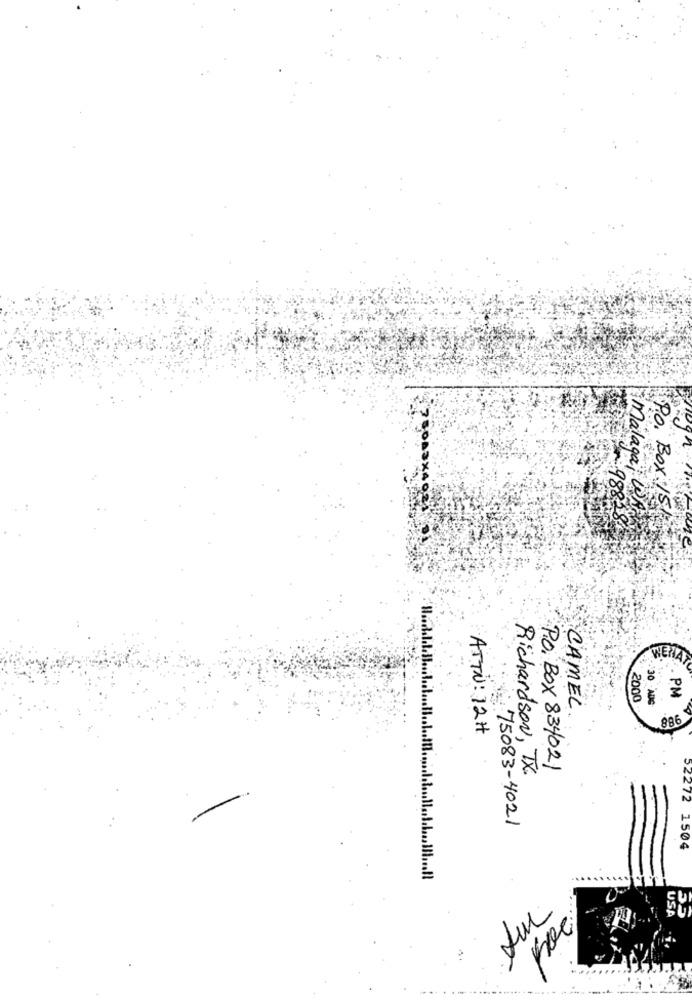
9882
Malaga, LA
Po. Box 15
WENA
. PM
2000
30 -ADG
CAMEL.
886
ATTN: 12H
Richardson, TX.
P.O. BOX 834021
75083-4021
52272 1504